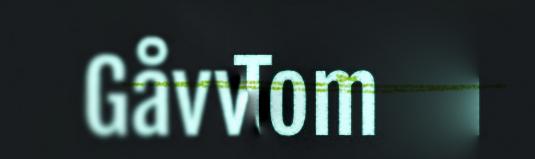
Gåvva: Tom